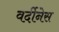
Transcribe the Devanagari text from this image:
वर्दीनेस